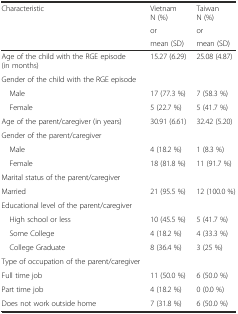
<table><thead><tr><td rowspan="3"><b>Characteristic</b></td><td><b>Vietnam N (%)</b></td><td><b>Taiwan N (%)</b></td></tr><tr><td><b>or</b></td><td><b>or</b></td></tr><tr><td><b>mean (SD)</b></td><td><b>mean (SD)</b></td></tr></thead><tbody><tr><td>Age of the child with the RGE episode (in months)</td><td>15.27 (6.29)</td><td>25.08 (4.87)</td></tr><tr><td>Gender of the child with the RGE episode</td><td></td><td></td></tr><tr><td> Male</td><td>17 (77.3 %)</td><td>7 (58.3 %)</td></tr><tr><td> Female</td><td>5 (22.7 %)</td><td>5 (41.7 %)</td></tr><tr><td>Age of the parent/caregiver (in years)</td><td>30.91 (6.61)</td><td>32.42 (5.20)</td></tr><tr><td>Gender of the parent/caregiver</td><td></td><td></td></tr><tr><td> Male</td><td>4 (18.2 %)</td><td>1 (8.3 %)</td></tr><tr><td> Female</td><td>18 (81.8 %)</td><td>11 (91.7 %)</td></tr><tr><td>Marital status of the parent/caregiver</td><td></td><td></td></tr><tr><td>Married</td><td>21 (95.5 %)</td><td>12 (100.0 %)</td></tr><tr><td>Educational level of the parent/caregiver</td><td></td><td></td></tr><tr><td> High school or less</td><td>10 (45.5 %)</td><td>5 (41.7 %)</td></tr><tr><td> Some College</td><td>4 (18.2 %)</td><td>4 (33.3 %)</td></tr><tr><td> College Graduate</td><td>8 (36.4 %)</td><td>3 (25 %)</td></tr><tr><td>Type of occupation of the parent/caregiver</td><td></td><td></td></tr><tr><td>Full time job</td><td>11 (50.0 %)</td><td>6 (50.0 %)</td></tr><tr><td>Part time job</td><td>4 (18.2 %)</td><td>0 (0.0 %)</td></tr><tr><td>Does not work outside home</td><td>7 (31.8 %)</td><td>6 (50.0 %)</td></tr></tbody></table>